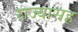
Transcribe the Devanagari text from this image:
राज्यासह